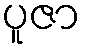
ပူဇာ